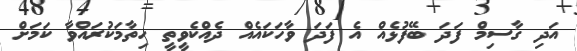
އަދި ގާސިމް ފަދަ ބޭފުޅެއް އެ ފަދަ ވާހަކައެއް ދެއްކެވީތީ ހިތާމަކުރައްވާ ކަމަށް